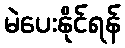
မဲပေးနိုင်ရန်